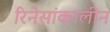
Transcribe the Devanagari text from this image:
रिनेसांकालीन